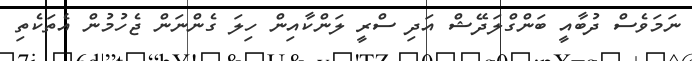
ނަމަވެސް ދުބާއީ ބަންގްލަދޭޝް އަދި ސްރީ ލަންކާއިން ހިލަ ގެންނަން ޖެހުމުން އެތަކެތި